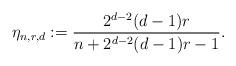
LaTeX: \begin{align*}\eta_{n,r,d} := \frac{2^{d-2}(d-1)r}{n+2^{d-2}(d-1)r-1}. \end{align*}